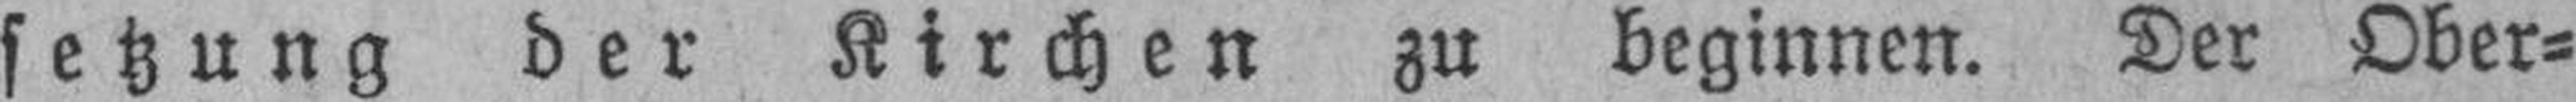
setzung der Kirchen zu beginnen. Der Ober¬